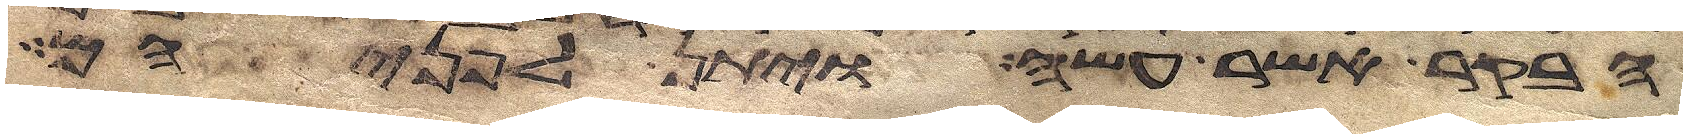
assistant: הבקר אשר עשה ויתן לפניהם